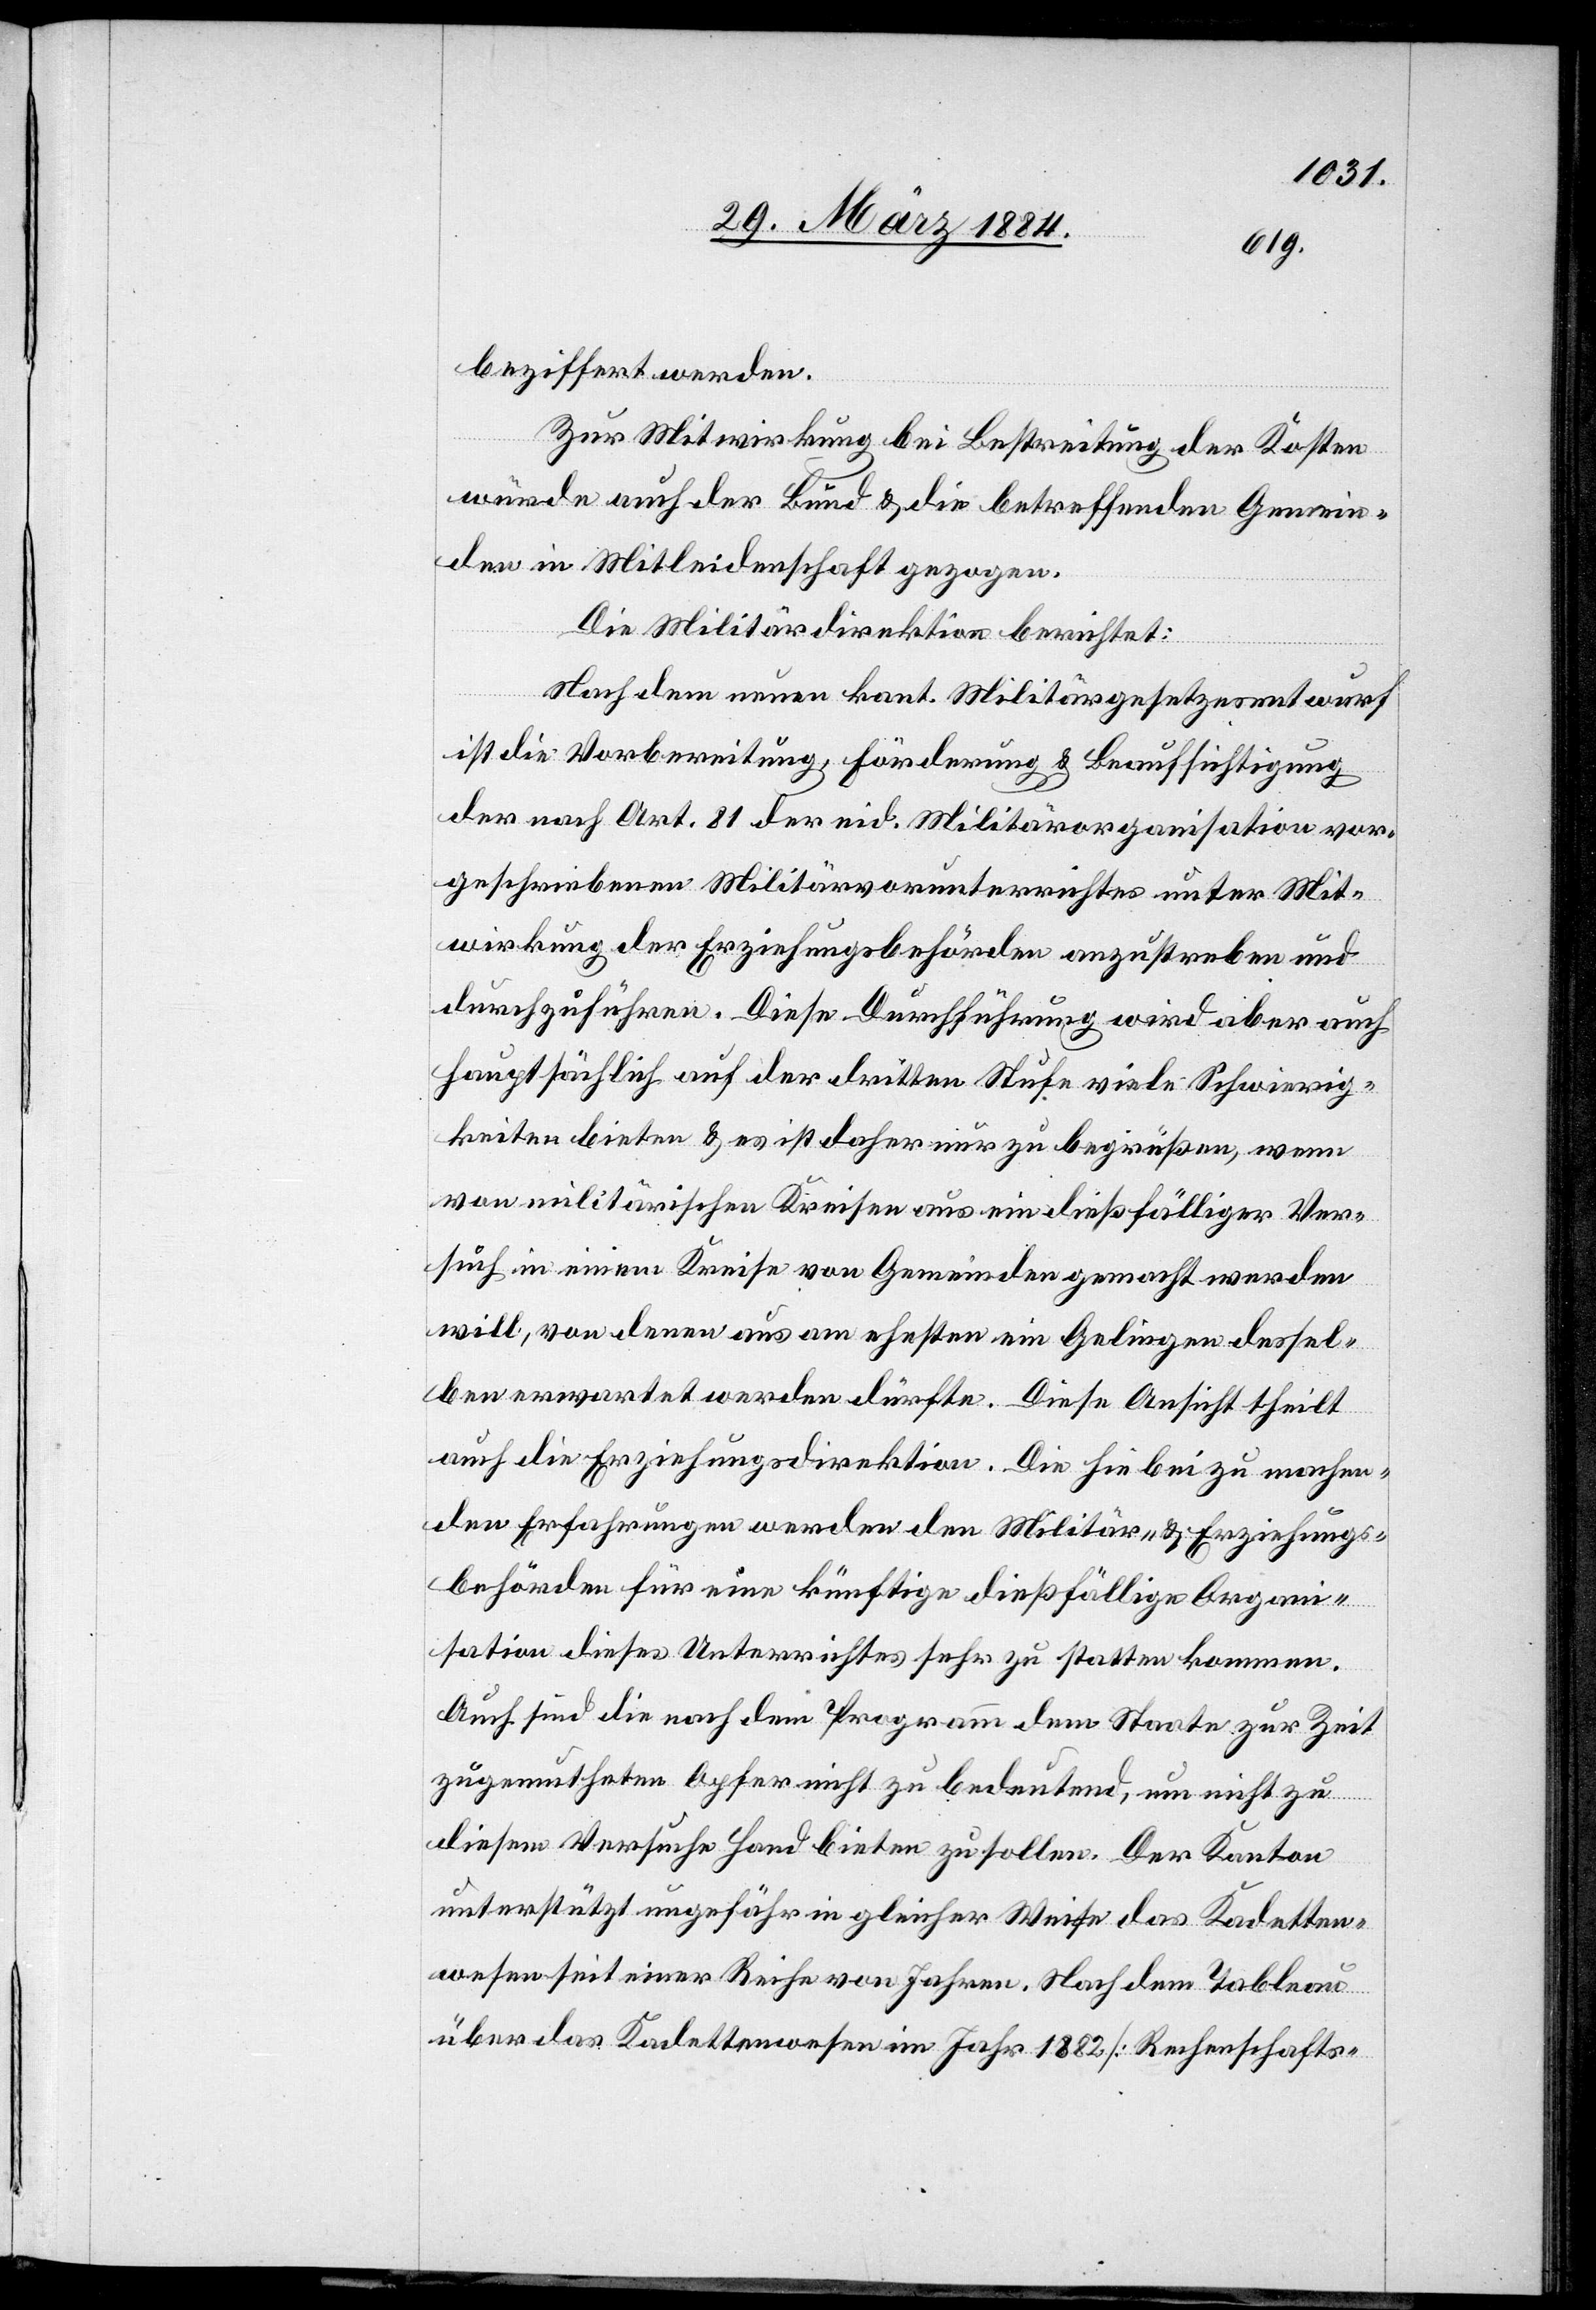
beziffert werden.
Zur Mitwirkung bei Bestreitung der Kosten
würden auch der Bund & die betreffenden Gemein¬
den im Mitleidenschaft gezogen.
Die Militärdirektion berichtet:
Nach dem neuen kant. Militärgesetzesentwurf
ist die Vorbereitung, Förderung & Beaufsichtigung
des nach Art. 81 der eid. Militärorganisation vor¬
geschriebenen Militärvorunterrichtes unter Mit¬
wirkung der Erziehungsbehörden anzustreben und
durchzuführen. Diese Durchführung wird aber auch
hauptsächlich auf der dritten Stufe viele Schwierig¬
keiten bieten & es ist daher nur zu begrüßen, wenn
von militärischen Kreisen ein dießfälliger Ver¬
such in einem Kreise von Gemeinden gemacht werden
will, von denen aus am ehesten ein Gelingen dessel¬
ben erwartet werden dürfte. Diese Ansicht theilt
auch die Erziehungsdirektion. Die hiebei zu machen¬
den Erfahrungen werden den Militär- & Erziehungs¬
behörden für eine künftige dießfällige Organ¬
isation dieses Unterrichtes sehr zu statten kommen.
Auch sind die nach dem Programm dem Staate zur Zeit
zugemutheten Opfer nicht zu bedeutend, um nicht zu
diesem Versuche Hand bieten zu sollen. Der Kanton
unterstützt ungefähr in gleicher Weise das Kadetten¬
wesen seit einer Reihe von Jahren. Nach dem Tableau
über das Kadettenwesen im Jahr 1882 [Rechenschafts-